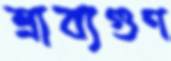
শ্রাব্যগুণ